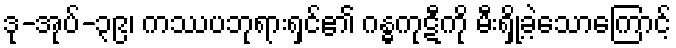
ဒု-အုပ်-၃၉၊ ကဿပဘုရားရှင်၏ ဂန္ဓကုဋီကို မီးရှို့ခဲ့သောကြောင့်